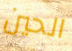
الحين